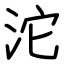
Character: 沱